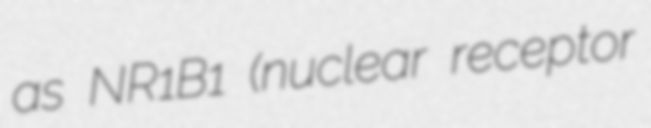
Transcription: as NR1B1 (nuclear receptor